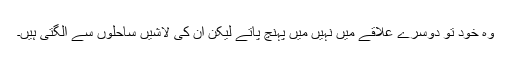
وہ خود تو دوسرے علاقے میں نہیں میں پہنچ پاتے لیکن ان کی لاشیں ساحلوں سے آلگتی ہیں۔